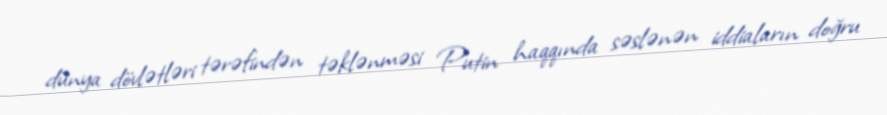
dünya dövlətləri tərəfindən təklənməsi Putin haqqında səslənən iddiaların doğru